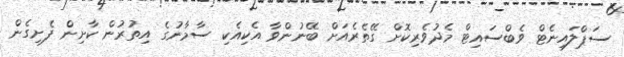
ސަޕްލައިނެޓް ވެބްސައިޓް މެދުވެރިކޮށް ގޭތެރެއަށް ބޭނުންވާ އެކިއެކި ސާމާނުގެ އިތުރުން ކާށިން ފެށިގެން